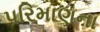
પરિમાણના